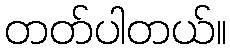
တတ်ပါတယ်။